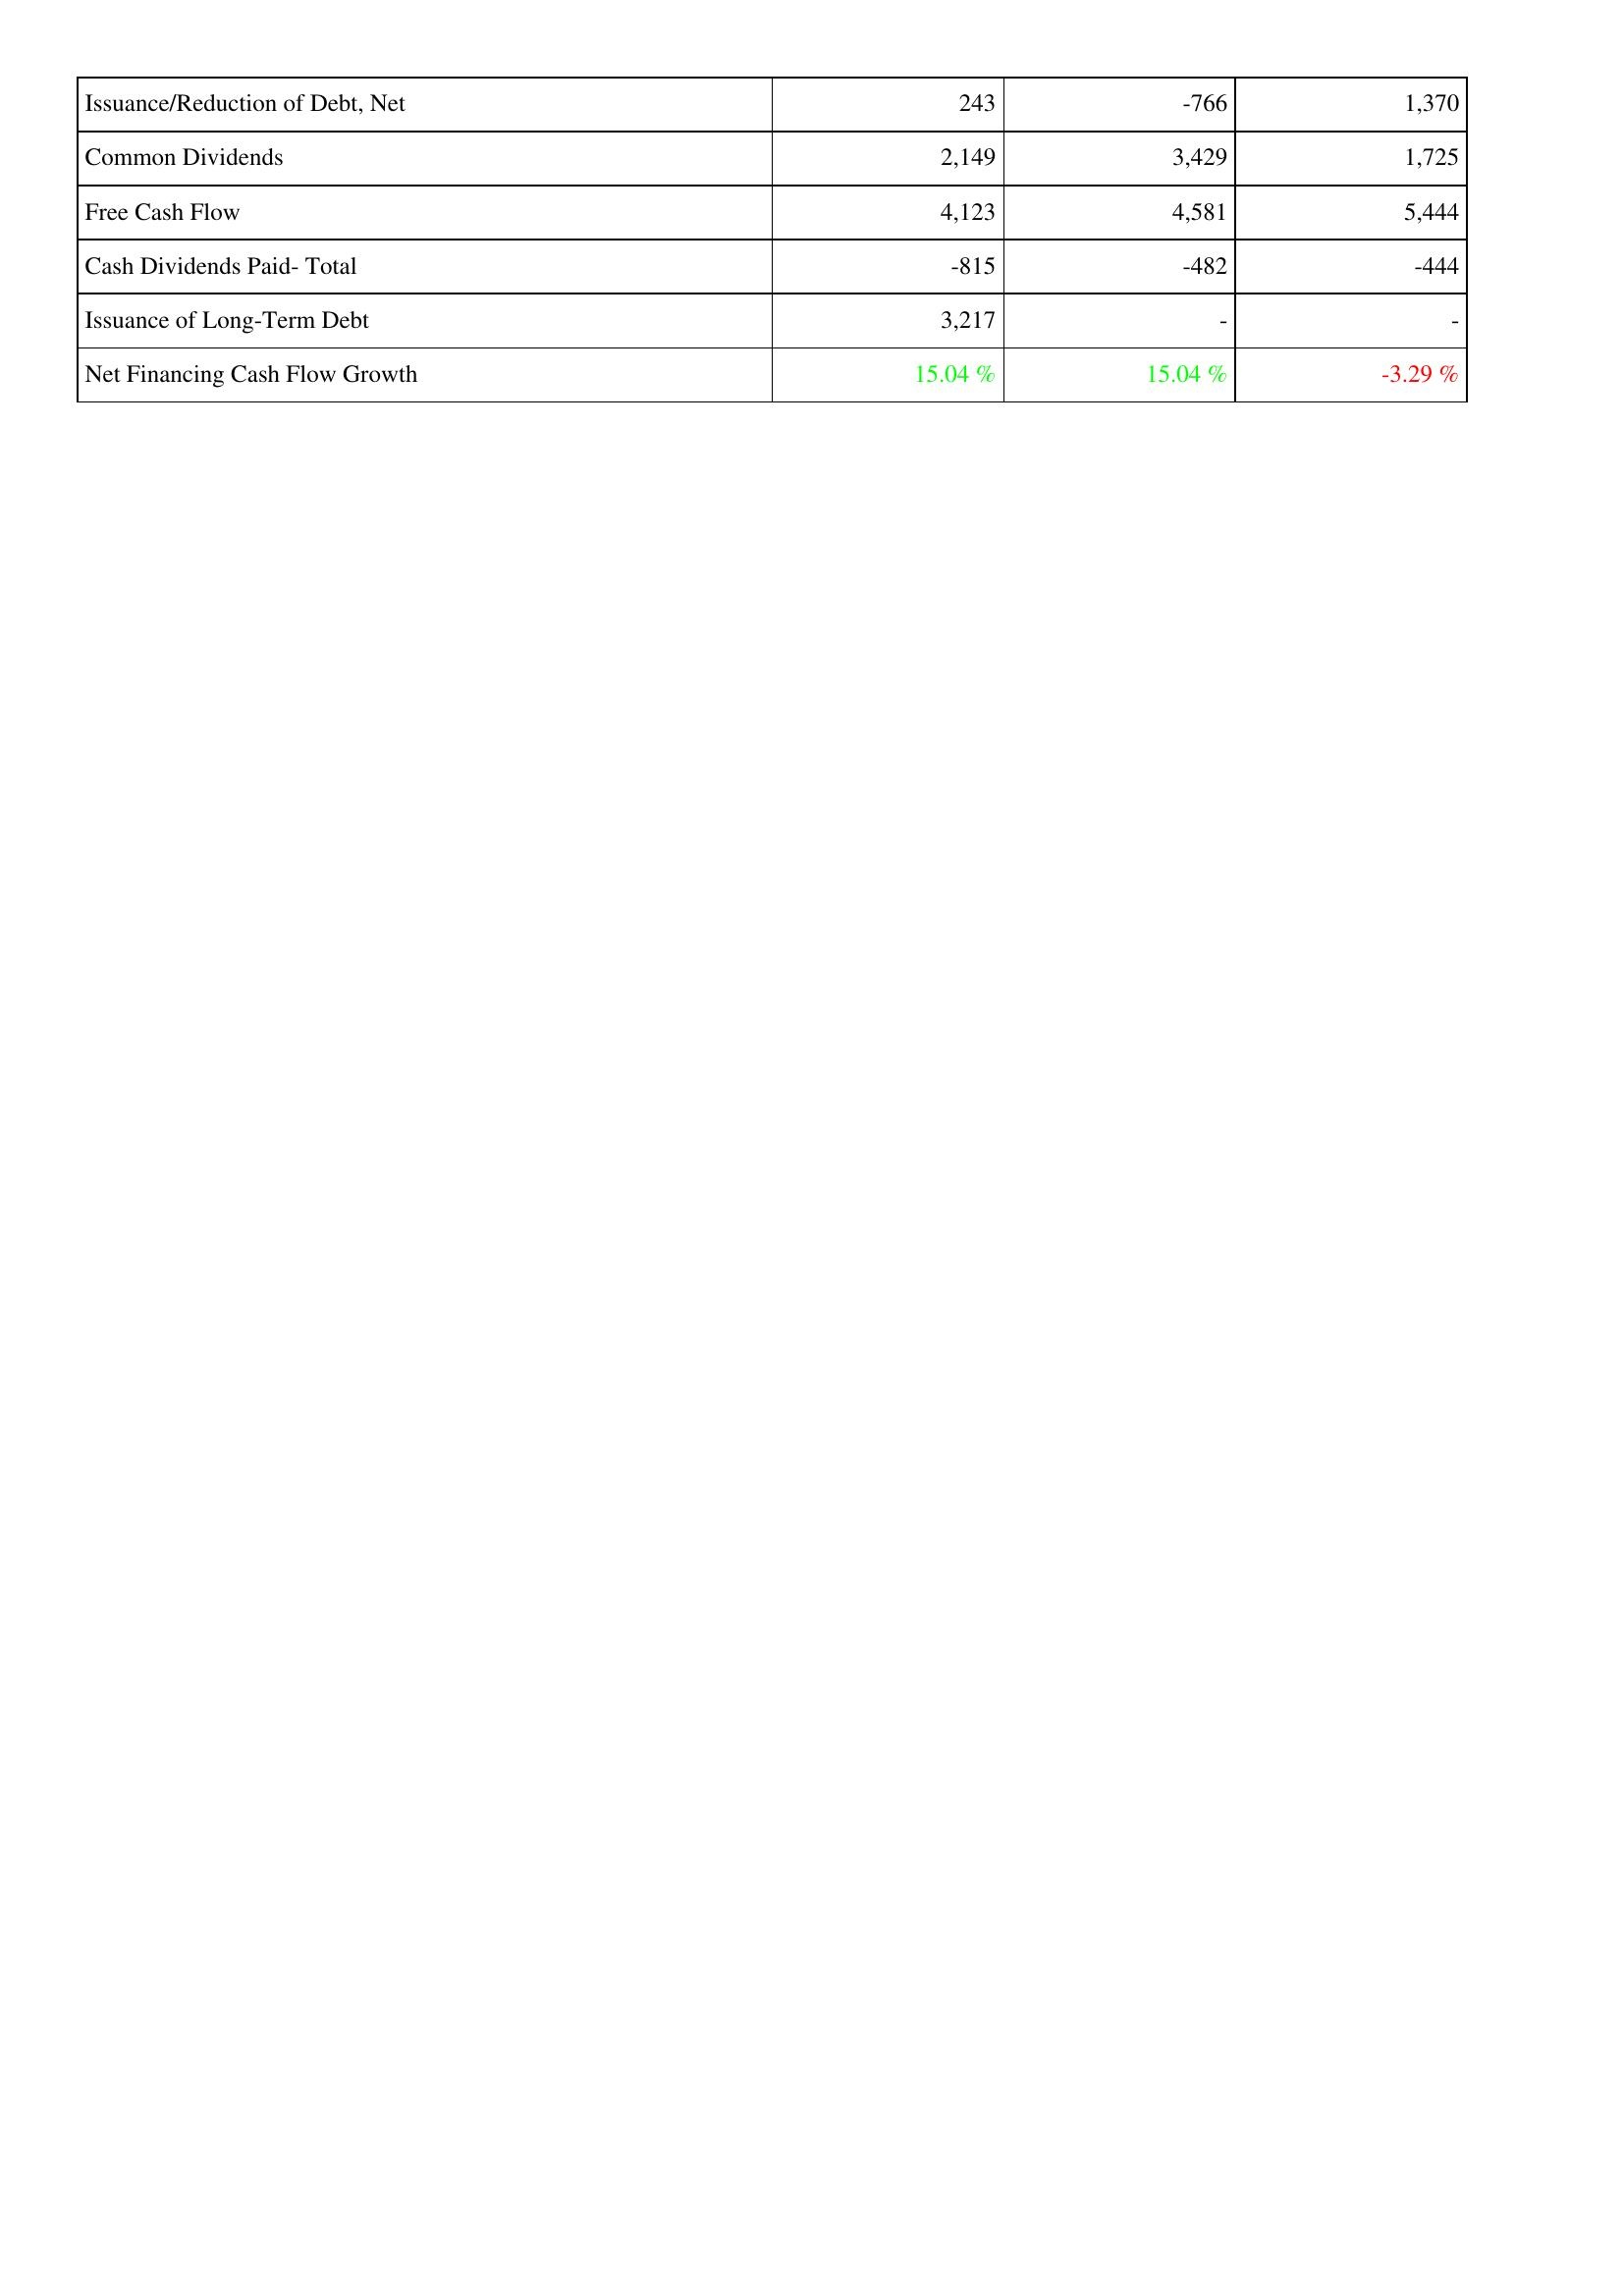
2014: Financing Activities: Issuance/Reduction of Debt, Net: 243
Common Dividends: 2,149
Free Cash Flow: 4,123
Cash Dividends Paid- Total: -815
Issuance of Long-Term Debt: 3,217
Net Financing Cash Flow Growth: 15.04 %
2013: Financing Activities: Issuance/Reduction of Debt, Net: -766
Common Dividends: 3,429
Free Cash Flow: 4,581
Cash Dividends Paid- Total: -482
Issuance of Long-Term Debt: -
Net Financing Cash Flow Growth: 15.04 %
2012: Financing Activities: Issuance/Reduction of Debt, Net: 1,370
Common Dividends: 1,725
Free Cash Flow: 5,444
Cash Dividends Paid- Total: -444
Issuance of Long-Term Debt: -
Net Financing Cash Flow Growth: -3.29 %